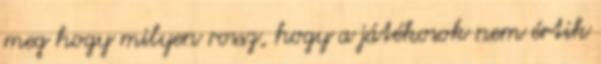
meg hogy milyen rossz, hogy a játékosok nem értik